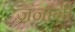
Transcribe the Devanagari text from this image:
जनांगी